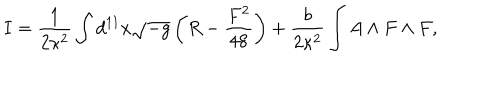
I = \frac { 1 } { 2 \kappa ^ { 2 } } \int d ^ { 1 1 } x \sqrt { - g } \left( R - \frac { F ^ { 2 } } { 4 8 } \right) + \frac { b } { 2 \kappa ^ { 2 } } \int A \land F \land F ,